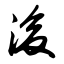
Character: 浚